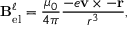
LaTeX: \mathbf { B } _ { \mathrm { e l } } ^ { \ell } = { \frac { \mu _ { 0 } } { 4 \pi } } { \frac { - e \mathbf { v } \times - \mathbf { r } } { r ^ { 3 } } } ,